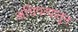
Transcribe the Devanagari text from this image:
अधिपत्यातून